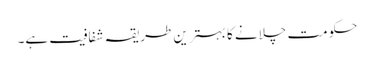
حکومت چلانے کا بہترین طریقہ شفافیت ہے۔